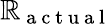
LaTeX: \mathbb{R}_{\mathrm{{~a~c~t~u~a~l~}}}